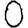
Digit: 0